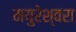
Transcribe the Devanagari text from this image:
मयुरेश्वरा